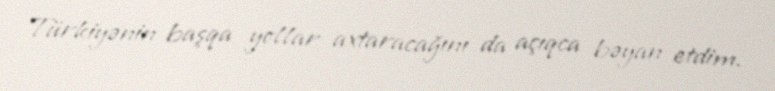
Türkiyənin başqa yollar axtaracağını da açıqca bəyan etdim.